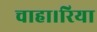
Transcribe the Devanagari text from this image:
चाहा।रिया